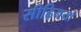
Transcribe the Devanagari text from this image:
सीढ़िययों